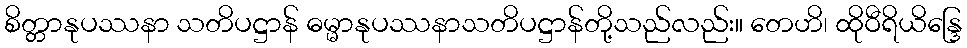
စိတ္တာနုပဿနာ သတိပဋ္ဌာန် ဓမ္မာနုပဿနာသတိပဋ္ဌာန်တို့သည်လည်း။ တေဟိ၊ ထိုဝီရိယိန္ဒြေ